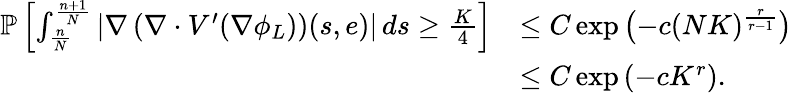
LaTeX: \begin{array}{rl}{\mathbb{P}\left[\int_{\frac{n}{N}}^{\frac{n+1}{N}}\left|\nabla\left(\nabla\cdot V^{\prime}(\nabla\phi_{L})\right)(s,e)\right|\, ds\geq\frac{K}{4}\right]}&{\leq C\exp\left(-c(NK)^{\frac{r}{r-1}}\right)}\\ &{\leq C\exp\left(-cK^{r}\right).}\end{array}